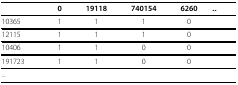
|  | 0 | 19118 | 740154 | 6260 | ... |
 | --- | --- | --- | --- | --- | --- |
 | 10365 | 1 | 1 | 1 | 0 |  |
 | 12115 | 1 | 1 | 1 | 0 |  |
 | 10406 | 1 | 1 | 0 | 0 |  |
 | 191723 | 1 | 1 | 0 | 0 |  |
 | ... |  |  |  |  |  |